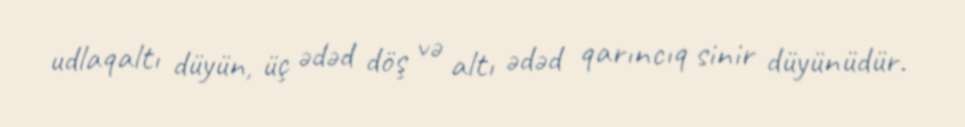
udlaqaltı düyün, üç ədəd döş və altı ədəd qarıncıq sinir düyünüdür.